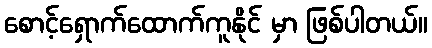
စောင့်ရှောက်ထောက်ကူနိုင် မှာ ဖြစ်ပါတယ်။